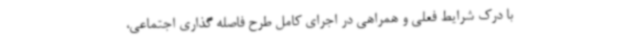
با درک شرایط فعلی و همراهی در اجرای کامل طرح فاصله گذاری اجتماعی،